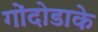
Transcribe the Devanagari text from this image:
गोंदोडाके